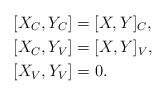
LaTeX: \begin{align*}& [X_{C},Y_{C}]=[X,Y]_{C},\\& [X_{C},Y_{V}]=[X,Y]_{V},\\& [X_{V},Y_{V}]=0.\end{align*}